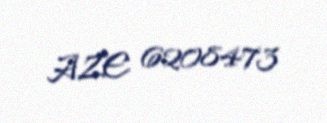
AZE 6208473